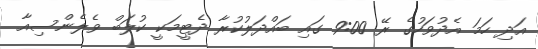
އަދި ހަމަ އެދުވަހުގެ ރޭ 9:00 ގައި ބައްދަލުކުރާ ދެޓީމަކީ ކުލަބް ވެލެންސިއާ